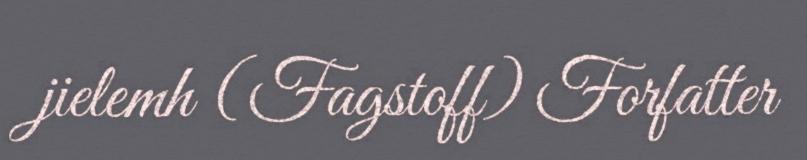
jielemh (Fagstoff) Forfatter